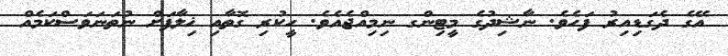
އޭގެ ދެގަޑިއިރު ފަހެވެ. ނާޝިދުގެ މީޓިންގ ނިމިއްޖެއެވެ. ހީކުރި ގޮތާއި ޚިލާފަށް ނުތަނަވަސްކަމެއް